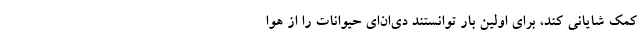
کمک شایانی کند، برای اولین بار توانستند دی‌ان‌ای حیوانات را از هوا